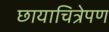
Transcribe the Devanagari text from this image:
छायाचित्रेपण